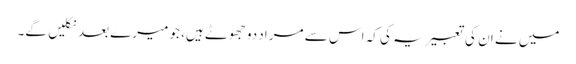
میں نے ان کی تعبیر یہ کی کہ اس سے مراد دو جھوٹے ہیں، جو میرے بعد نکلیں گے۔